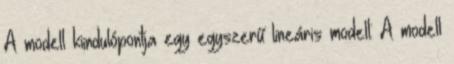
A modell kiindulópontja egy egyszerű lineáris modell: A modell